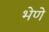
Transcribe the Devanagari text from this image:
भेणे